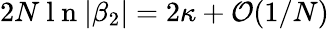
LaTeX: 2N\mathrm{~l~n~}|\beta_{2}|=2\kappa+\mathcal{O}(1/N)